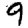
Digit: 9